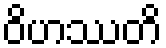
ဝိဟဿတိ